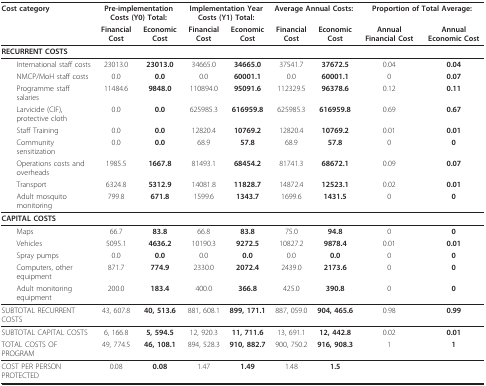
<table><thead><tr><td><b>Cost category</b></td><td colspan="2"><b>Pre-implementation Costs (Y0) Total:</b></td><td colspan="2"><b>Implementation Year Costs (Y1) Total:</b></td><td colspan="2"><b>Average Annual Costs:</b></td><td colspan="2"><b>Proportion of Total Average:</b></td></tr><tr><td></td><td><b>Financial Cost</b></td><td><b>Economic Cost</b></td><td><b>Financial Cost</b></td><td><b>Economic Cost</b></td><td><b>Financial Cost</b></td><td><b>Economic Cost</b></td><td><b>Annual Financial Cost</b></td><td><b>Annual Economic Cost</b></td></tr></thead><tbody><tr><td colspan="9"><b>RECURRENT COSTS</b></td></tr><tr><td> International staff costs</td><td>23013.0</td><td><b>23013.0</b></td><td>34665.0</td><td><b>34665.0</b></td><td>37541.7</td><td><b>37672.5</b></td><td>0.04</td><td><b>0.04</b></td></tr><tr><td> NMCP/MoH staff costs</td><td>0.0</td><td><b>0.0</b></td><td>0.0</td><td><b>60001.1</b></td><td>0.0</td><td><b>60001.1</b></td><td>0</td><td><b>0.07</b></td></tr><tr><td> Programme staff salaries</td><td>11484.6</td><td><b>9848.0</b></td><td>110894.0</td><td><b>95091.6</b></td><td>112329.5</td><td><b>96378.6</b></td><td>0.12</td><td><b>0.11</b></td></tr><tr><td> Larvicide (CIF), protective cloth</td><td>0.0</td><td><b>0.0</b></td><td>625985.3</td><td><b>616959.8</b></td><td>625985.3</td><td><b>616959.8</b></td><td>0.69</td><td><b>0.67</b></td></tr><tr><td> Staff Training</td><td>0.0</td><td><b>0.0</b></td><td>12820.4</td><td><b>10769.2</b></td><td>12820.4</td><td><b>10769.2</b></td><td>0.01</td><td><b>0.01</b></td></tr><tr><td> Community sensitization</td><td>0.0</td><td><b>0.0</b></td><td>68.9</td><td><b>57.8</b></td><td>68.9</td><td><b>57.8</b></td><td>0</td><td><b>0</b></td></tr><tr><td> Operations costs and overheads</td><td>1985.5</td><td><b>1667.8</b></td><td>81493.1</td><td><b>68454.2</b></td><td>81741.3</td><td><b>68672.1</b></td><td>0.09</td><td><b>0.07</b></td></tr><tr><td> Transport</td><td>6324.8</td><td><b>5312.9</b></td><td>14081.8</td><td><b>11828.7</b></td><td>14872.4</td><td><b>12523.1</b></td><td>0.02</td><td><b>0.01</b></td></tr><tr><td> Adult mosquito monitoring</td><td>799.8</td><td><b>671.8</b></td><td>1599.6</td><td><b>1343.7</b></td><td>1699.6</td><td><b>1431.5</b></td><td>0</td><td><b>0</b></td></tr><tr><td colspan="9"><b>CAPITAL COSTS</b></td></tr><tr><td> Maps</td><td>66.7</td><td><b>83.8</b></td><td>66.8</td><td><b>83.8</b></td><td>75.0</td><td><b>94.8</b></td><td>0</td><td><b>0</b></td></tr><tr><td> Vehicles</td><td>5095.1</td><td><b>4636.2</b></td><td>10190.3</td><td><b>9272.5</b></td><td>10827.2</td><td><b>9878.4</b></td><td>0.01</td><td><b>0.01</b></td></tr><tr><td> Spray pumps</td><td>0.0</td><td><b>0.0</b></td><td>0.0</td><td><b>0.0</b></td><td>0.0</td><td><b>0.0</b></td><td>0</td><td><b>0</b></td></tr><tr><td> Computers, other equipment</td><td>871.7</td><td><b>774.9</b></td><td>2330.0</td><td><b>2072.4</b></td><td>2439.0</td><td><b>2173.6</b></td><td>0</td><td><b>0</b></td></tr><tr><td> Adult monitoring equipment</td><td>200.0</td><td><b>183.4</b></td><td>400.0</td><td><b>366.8</b></td><td>425.0</td><td><b>390.8</b></td><td>0</td><td><b>0</b></td></tr><tr><td>SUBTOTAL RECURRENT COSTS</td><td>43, 607.8</td><td><b>40, 513.6</b></td><td>881, 608.1</td><td><b>899, 171.1</b></td><td>887, 059.0</td><td><b>904, 465.6</b></td><td>0.98</td><td><b>0.99</b></td></tr><tr><td>SUBTOTAL CAPITAL COSTS</td><td>6, 166.8</td><td><b>5, 594.5</b></td><td>12, 920.3</td><td><b>11, 711.6</b></td><td>13, 691.1</td><td><b>12, 442.8</b></td><td>0.02</td><td><b>0.01</b></td></tr><tr><td>TOTAL COSTS OF PROGRAM</td><td>49, 774.5</td><td><b>46, 108.1</b></td><td>894, 528.3</td><td><b>910, 882.7</b></td><td>900, 750.2</td><td><b>916, 908.3</b></td><td>1</td><td><b>1</b></td></tr><tr><td>COST PER PERSON PROTECTED</td><td>0.08</td><td><b>0.08</b></td><td>1.47</td><td><b>1.49</b></td><td>1.48</td><td><b>1.5</b></td><td></td><td></td></tr></tbody></table>